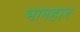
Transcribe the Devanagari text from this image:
भागहार